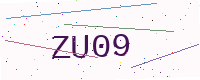
Text: ZU09